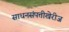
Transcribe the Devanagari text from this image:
साधनसंपत्तीखेरीज